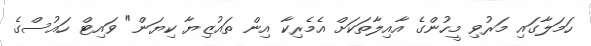
ހަމަލާގައި މަރުވި މީހުންގެ އާއިލާތަކަށް އެމެރިކާ އިން ތައުޒިޔާ ކިޔަން" ވައިޓް ހައުސްގެ